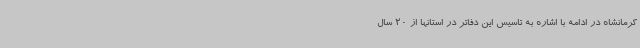
کرمانشاه در ادامه با اشاره به تاسیس این دفاتر در استانها از 20 سال